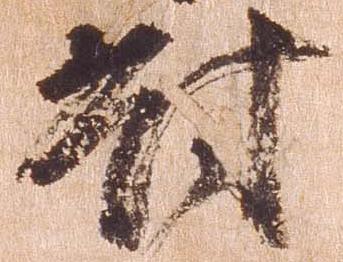
対